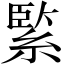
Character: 𦂳